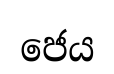
ජෙය